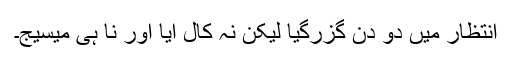
انتظار میں دو دن گزرگیا لیکن نہ کال آیا اور نا ہی میسیج۔